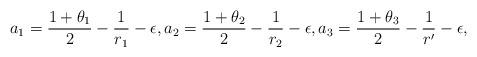
LaTeX: \begin{align*}a_1=\frac{1+\theta_1}{2}-\frac{1}{r_1}-\epsilon, a_2=\frac{1+\theta_2}{2}-\frac{1}{r_2}-\epsilon, a_3=\frac{1+\theta_3}{2}-\frac{1}{r'}-\epsilon,\end{align*}